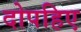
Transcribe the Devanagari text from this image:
दोपहिए